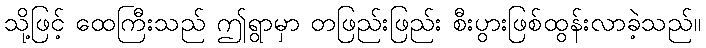
သို့ဖြင့် ထေကြီးသည် ဤရွာမှာ တဖြည်းဖြည်း စီးပွားဖြစ်ထွန်းလာခဲ့သည်။